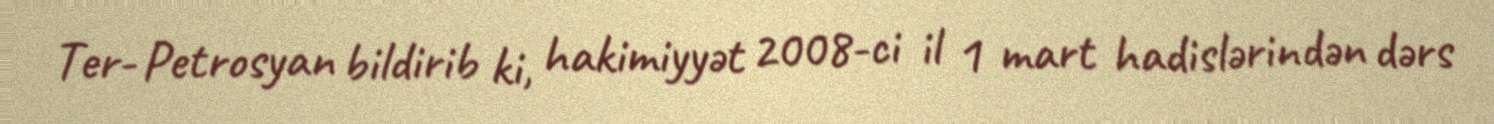
Ter- Petrosyan bildirib ki, hakimiyyət 2008-ci il 1 mart hadislərindən dərs